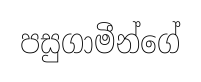
පසුගාමීන්ගේ